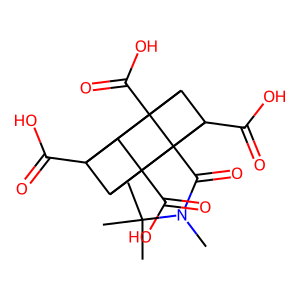
SMILES: CN(C(=O)C12C3(C(=O)O)C4C5(C(=O)O)C3C1(C(=O)O)C5C42C(=O)O)C(C)(C)C
Inhibits HIV replication: No